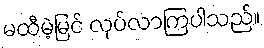
မထီမဲ့မြင် လုပ်လာကြပါသည်။